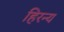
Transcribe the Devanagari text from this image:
हिरन्य